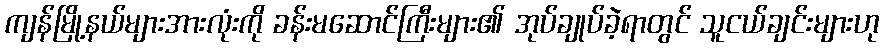
ကျန်မြို့နယ်များအားလုံးကို ခန်းမဆောင်ကြီးများ၏ အုပ်ချုပ်ခဲ့ရာတွင် သူငယ်ချင်းများဟု